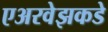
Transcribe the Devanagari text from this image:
एअरवेझकडे